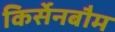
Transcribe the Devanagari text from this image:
किर्सेनबौम